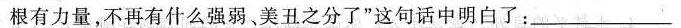
根有力量，不再有什么强弱、美丑之分了”这句话中明白了：___